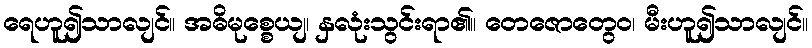
ရေဟူ၍သာလျင်။ အဓိမုစ္စေယျ၊ နှလုံးသွင်းရာ၏။ တေဇောတွေဝ၊ မီးဟူ၍သာလျင်။